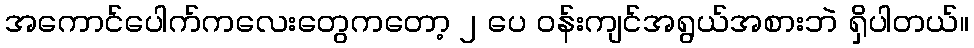
အကောင်ပေါက်ကလေးတွေကတော့ ၂ ပေ ၀န်းကျင်အရွယ်အစားဘဲ ရှိပါတယ်။